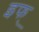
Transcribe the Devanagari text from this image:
इफ्